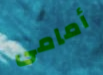
أمامى